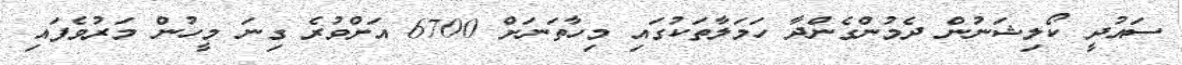
ސައުދީ ކޯލިޝަނުން ދެމުންގެންދާ ހަމަލާތަކުގައި މިހާތަނަށް 6700 އަށްވުރެ ގިނަ މީހުން މަރުވެފައި